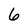
Character: 6